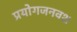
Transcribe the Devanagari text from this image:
प्रयोगजनवश